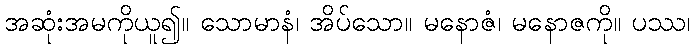
အဆုံးအမကိုယူ၍။ သောမာနံ၊ အိပ်သော။ မနောဇံ၊ မနောဇကို။ ပဿ၊